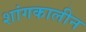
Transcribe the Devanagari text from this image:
शांगकालीन